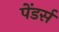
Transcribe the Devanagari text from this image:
पेंडर्स